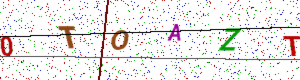
Text: 0TOAZT